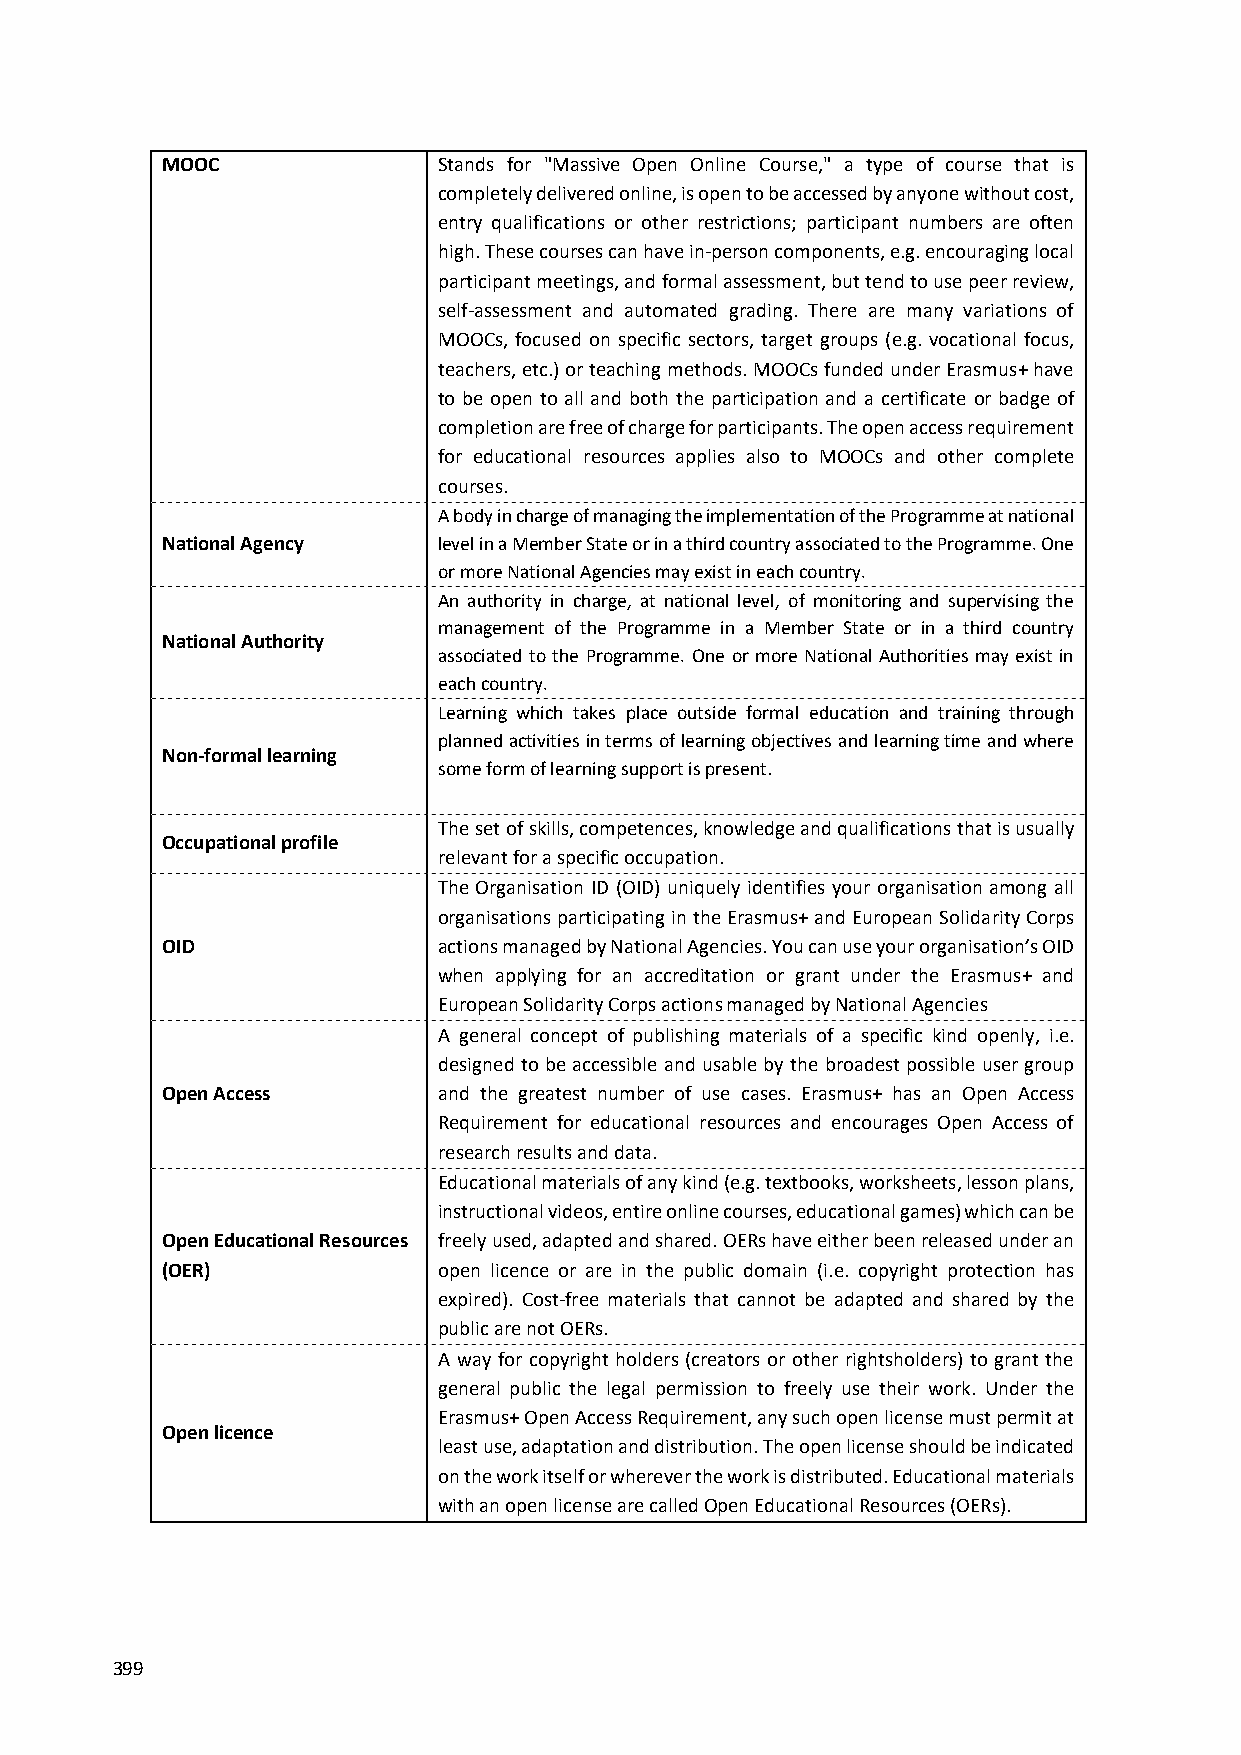
MOOC              Stands for "Massive Open Online Course," a type of course that is
 completely delivered online, is open to be accessed by anyone without cost,
 entry qualifications or other restrictions; participant numbers are often
 high. These courses can have in‐person components, e.g. encouraging local
 participant meetings, and formal assessment, but tend to use peer review,
 self‐assessment and automated grading. There are many variations of
 MOOCs, focused on specific sectors, target groups (e.g. vocational focus,
 teachers, etc.) or teaching methods. MOOCs funded under Erasmus+ have
 to be open to all and both the participation and a certificate or badge of
 completion are free of charge for participants. The open access requirement
 for educational resources applies also to MOOCs and other complete
 courses.
 A body in charge of managing the implementation of the Programme at national
 National Agency   level in a Member State or in a third country associated to the Programme. One
 or more National Agencies may exist in each country.
 An authority in charge, at national level, of monitoring and supervising the
 management of the Programme in a Member State or in a third country
 National Authority
 associated to the Programme. One or more National Authorities may exist in
 each country.
 Learning which takes place outside formal education and training through
 planned activities in terms of learning objectives and learning time and where
 Non‐formal learning
 some form of learning support is present.
 The set of skills, competences, knowledge and qualifications that is usually
 Occupational profile
 relevant for a specific occupation.
 The Organisation ID (OID) uniquely identifies your organisation among all
 organisations participating in the Erasmus+ and European Solidarity Corps
 OID               actions managed by National Agencies. You can use your organisation’s OID
 when applying for an accreditation or grant under the Erasmus+ and
 European Solidarity Corps actions managed by National Agencies
 A general concept of publishing materials of a specific kind openly, i.e.
 designed to be accessible and usable by the broadest possible user group
 Open Access       and the greatest number of use cases. Erasmus+ has an Open Access
 Requirement for educational resources and encourages Open Access of
 research results and data.
 Educational materials of any kind (e.g. textbooks, worksheets, lesson plans,
 instructional videos, entire online courses, educational games) which can be
 Open Educational Resources freely used, adapted and shared. OERs have either been released under an
 (OER)             open licence or are in the public domain (i.e. copyright protection has
 expired). Cost‐free materials that cannot be adapted and shared by the
 public are not OERs.
 A way for copyright holders (creators or other rightsholders) to grant the
 general public the legal permission to freely use their work. Under the
 Erasmus+ Open Access Requirement, any such open license must permit at
 Open licence
 least use, adaptation and distribution. The open license should be indicated
 on the work itself or wherever the work is distributed. Educational materials
 with an open license are called Open Educational Resources (OERs).
 399